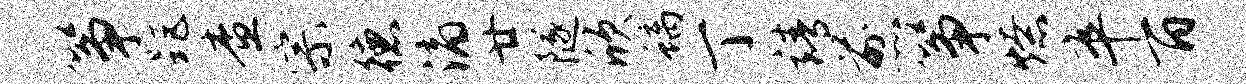
筝距查宗德滴廿隧欣螭丁靖煎筝燎卒百